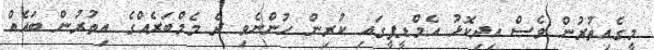
މީގެއިތުރުުން ވެސް އިދިކޮޅު އެމްޑީޕީގައި ކުރިން ހުންނެވި ދެ މެމްބަރެއްގެ އިތުރުން ބައެއް